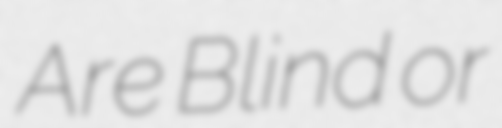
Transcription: Are Blind or